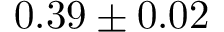
0 . 3 9 \pm 0 . 0 2